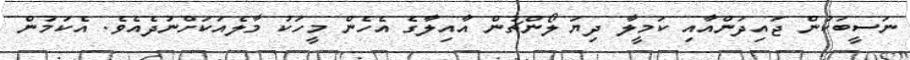
ނަސީބަކުން ޖައިދަންއާއި ކަމީލާ ދިޔަ ލޯންޗުން އާއިލާގެ އެހެން މީހަކު މާލެއަކަށްނުދެއެވެ. އެކަމުން